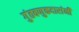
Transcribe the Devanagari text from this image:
गुंतवणुकदारांनी